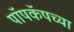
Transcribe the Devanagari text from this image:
पॉपकॅपच्या